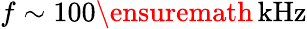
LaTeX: f\sim 100\ensuremath{\, \mathrm{kHz}}